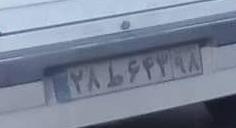
۲۸ط۶۴۳۹۸